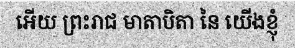
អើយ ព្រះរាជ មាតាបិតា នៃ យើងខ្ញុំ